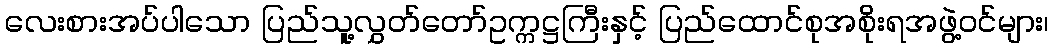
လေးစားအပ်ပါသော ပြည်သူ့လွှတ်တော်ဥက္ကဋ္ဌကြီးနှင့် ပြည်ထောင်စုအစိုးရအဖွဲ့ဝင်များ၊